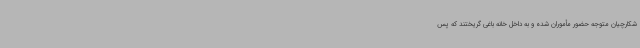
شکارچیان متوجه حضور مأموران شده و به داخل خانه باغی گریختند که پس